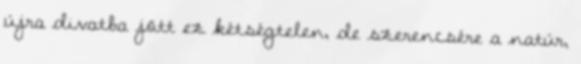
újra divatba jött ez kétségtelen, de szerencsére a natúr,